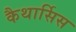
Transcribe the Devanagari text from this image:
कैथार्सिस